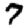
Digit: 7